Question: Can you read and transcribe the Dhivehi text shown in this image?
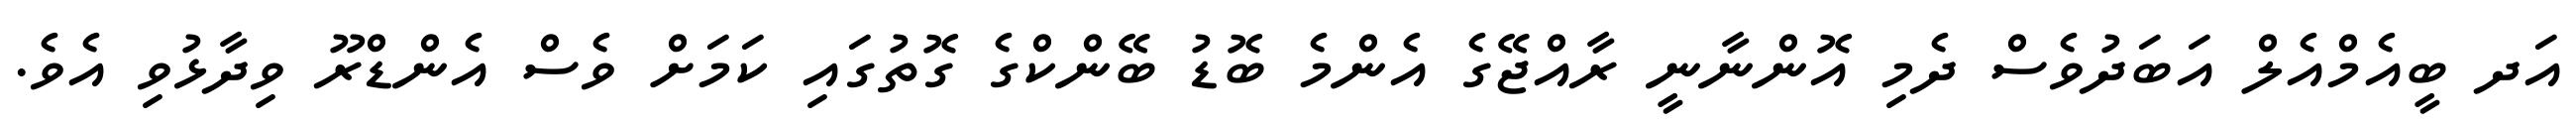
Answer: އަދ ބީއެމްއެލް އަބަދުވެސް ދެމި އޮންނާނީ ރާއްޖޭގެ އެންމެ ބޮޑު ބޭންކްގެ ގޮތުގައި ކަމަށް ވެސް އެންޑްރޫ ވިދާޅުވި އެވެ.